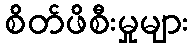
စိတ်ဖိစီးမှုများ